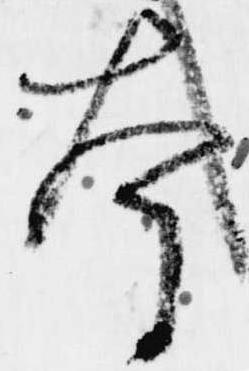
本